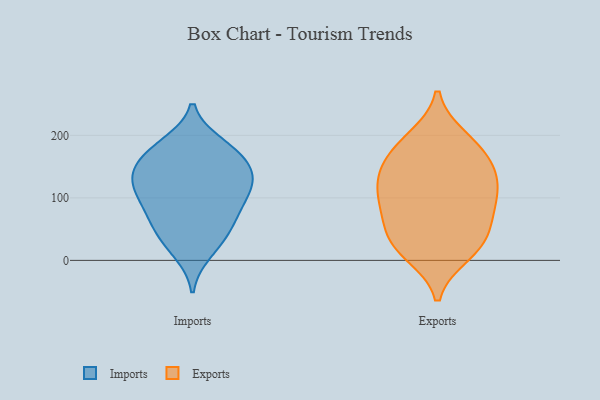
{"axis": {"x": "LTV (USD)", "y": "Value"}, "legend": ["Exports", "Imports"], "data": [{"x": "", "y": 174, "type": "Imports"}, {"x": "", "y": 123, "type": "Imports"}, {"x": "", "y": 104, "type": "Imports"}, {"x": "", "y": 13, "type": "Imports"}, {"x": "", "y": 145, "type": "Imports"}, {"x": "", "y": 86, "type": "Imports"}, {"x": "", "y": 72, "type": "Imports"}, {"x": "", "y": 140, "type": "Imports"}, {"x": "", "y": 163, "type": "Imports"}, {"x": "", "y": 186, "type": "Imports"}, {"x": "", "y": 126, "type": "Imports"}, {"x": "", "y": 100, "type": "Imports"}, {"x": "", "y": 53, "type": "Imports"}, {"x": "", "y": 29, "type": "Imports"}, {"x": "", "y": 52, "type": "Imports"}, {"x": "", "y": 131, "type": "Imports"}, {"x": "", "y": 180, "type": "Imports"}, {"x": "", "y": 84, "type": "Exports"}, {"x": "", "y": 110, "type": "Exports"}, {"x": "", "y": 113, "type": "Exports"}, {"x": "", "y": 11, "type": "Exports"}, {"x": "", "y": 83, "type": "Exports"}, {"x": "", "y": 171, "type": "Exports"}, {"x": "", "y": 195, "type": "Exports"}, {"x": "", "y": 36, "type": "Exports"}, {"x": "", "y": 65, "type": "Exports"}, {"x": "", "y": 129, "type": "Exports"}, {"x": "", "y": 24, "type": "Exports"}, {"x": "", "y": 26, "type": "Exports"}, {"x": "", "y": 141, "type": "Exports"}, {"x": "", "y": 151, "type": "Exports"}, {"x": "", "y": 186, "type": "Exports"}]}